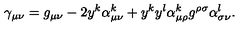
\gamma _ { \mu \nu } = g _ { \mu \nu } - 2 y ^ { k } \alpha _ { \mu \nu } ^ { k } + y ^ { k } y ^ { l } \alpha _ { \mu \rho } ^ { k } g ^ { \rho \sigma } \alpha _ { \sigma \nu } ^ { l } .